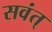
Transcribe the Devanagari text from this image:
सवंत्‌